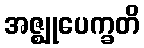
အဇ္ဈုပေက္ခတိ